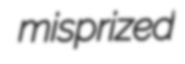
misprized